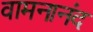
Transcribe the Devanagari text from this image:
वामनानंद